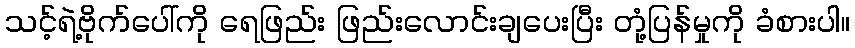
သင့်ရဲ့ဗိုက်ပေါ်ကို ရေဖြည်း ဖြည်းလောင်းချပေးပြီး တုံ့ပြန်မှုကို ခံစားပါ။